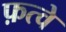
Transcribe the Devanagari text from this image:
फ़त्वे